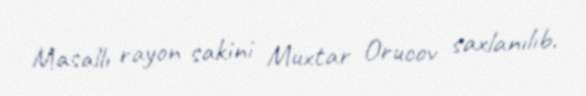
Masallı rayon sakini Muxtar Orucov saxlanılıb.